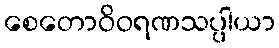
စေတောဝိဝရဏသပ္ပါယာ